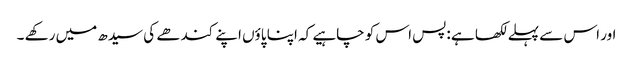
اور اس سے پہلے لکھا ہے :پس اس کو چاہیے کہ اپنا پاؤں اپنے کندھے کی سیدھ میں رکھے ۔